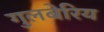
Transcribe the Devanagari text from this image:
गुलबेरिय